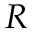
R